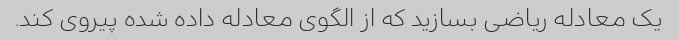
یک معادله ریاضی بسازید که از الگوی معادله داده شده پیروی کند.